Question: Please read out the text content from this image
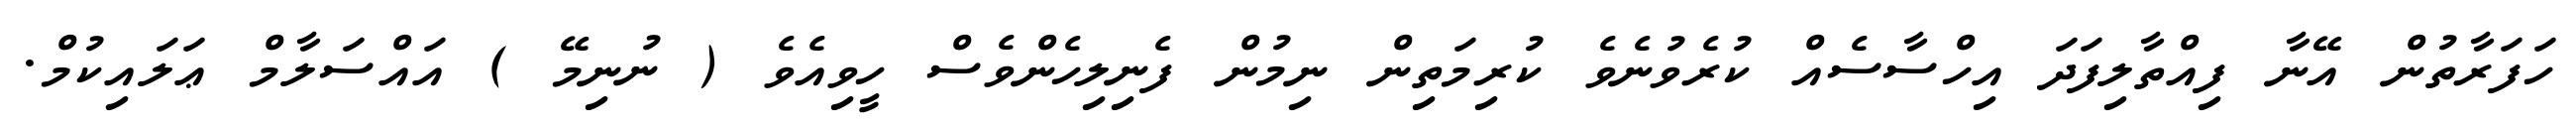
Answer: ހަފަރާތުން އޭނާ ފިއްތާލިފަދަ އިހްސާސެއް ކުރެވުނެވެ ކުރިމަތިން ނިމުން ފެނިލިހެންވެސް ހީވިއެވެ ( ނުނިމޭ ) އައްސަލާމް ޢަލައިކުމް.